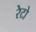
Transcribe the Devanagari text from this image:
रेटो